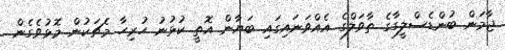
ޖާމަން ބުންޑެސްލީގާގެ ތާވަލްގެ އެއްވަނައިގައި ބަޔާން އޮތީ ކުޅުނު ހުރިހާ މެޗަކުން މޮޅުވެގެން